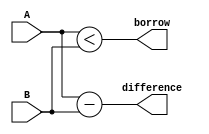
module gate_level_subtractor (
    input [7:0] A,
    input [7:0] B,
    output [7:0] difference,
    output borrow
);

assign difference = A - B;
assign borrow = A < B;

endmodule